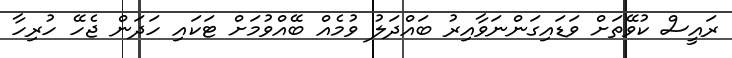
ރައީސް ކުވޭތަށް ވަޑައިގަންނަވާއިރު ބައްދަލު ވުމެއް ބޭއްވުމަށް ޓަކައި ހަދަން ޖެހޭ ހުރިހާ